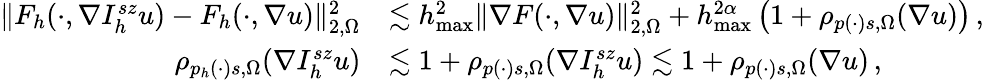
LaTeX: \begin{array}{r}{\begin{array}{rl}{\| F_{h}(\cdot,\nabla I_{h}^{\textit{sz}}u)-F_{h}(\cdot,\nabla u)\| _{2,\Omega}^{2}}&{\lesssim h_{\operatorname*{max}}^{2}\| \nabla F(\cdot,\nabla u)\| _{2,\Omega}^{2}+h_{\operatorname*{max}}^{2\alpha}\, \big(1+\rho_{p(\cdot)s,\Omega}(\nabla u)\big)\, ,}\\ {\rho_{p_{h}(\cdot)s,\Omega}(\nabla I_{h}^{\textit{sz}}u)}&{\lesssim 1+\rho_{p(\cdot)s,\Omega}(\nabla I_{h}^{\textit{sz}}u)\lesssim 1+\rho_{p(\cdot)s,\Omega}(\nabla u)\, ,}\end{array}}\end{array}